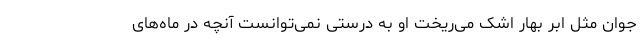
جوان مثل ابر بهار اشک می‌ریخت او به درستی نمی‌توانست آنچه در ماه‌های